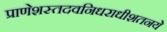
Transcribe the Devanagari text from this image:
प्राणेशस्तदवनिधराधीशतनये